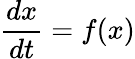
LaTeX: \frac{dx}{dt}=f(x)